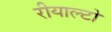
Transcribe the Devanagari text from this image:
रीयाल्टो